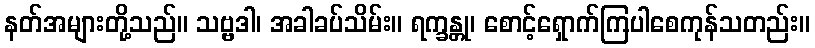
နတ်အများတို့သည်။ သဗ္ဗဒါ၊ အခါခပ်သိမ်း။ ရက္ခန္တု၊ စောင့်ရှောက်ကြပါစေကုန်သတည်း။